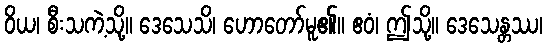
ဝိယ၊ စီးသကဲ့သို့။ ဒေသေသိ၊ ဟောတော်မူ၏။ ဧဝံ၊ ဤသို့။ ဒေသေန္တဿ၊